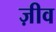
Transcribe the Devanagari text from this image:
ज़ीव